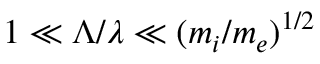
1 \ll \Lambda / \lambda \ll ( m _ { i } / m _ { e } ) ^ { 1 / 2 }